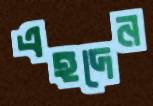
এহদেন